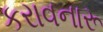
કરાવનારૂ